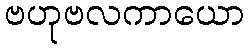
ဗဟုဗလကာယော